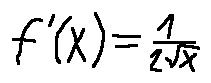
f ^ { \prime } ( x ) = \frac { 1 } { 2 \sqrt { x } }